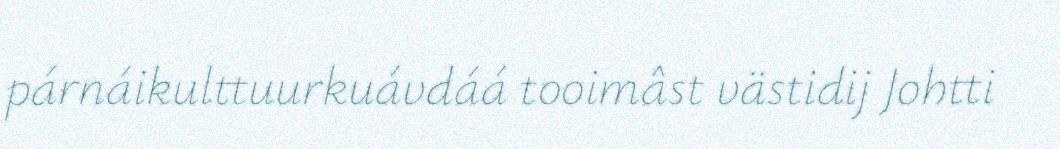
párnáikulttuurkuávdáá tooimâst västidij Johtti